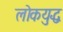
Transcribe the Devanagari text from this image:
लोकयुद्ध